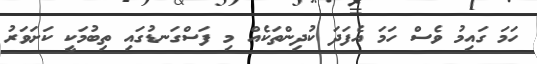
ހަމަ ގައިމު ވެސް ހަމަ އެފަދަ ކުދިންތަކެއް މި ފަސްްގަނޑުގައި ތިބުމަކީ ކަށަވަރު